Language: tamil
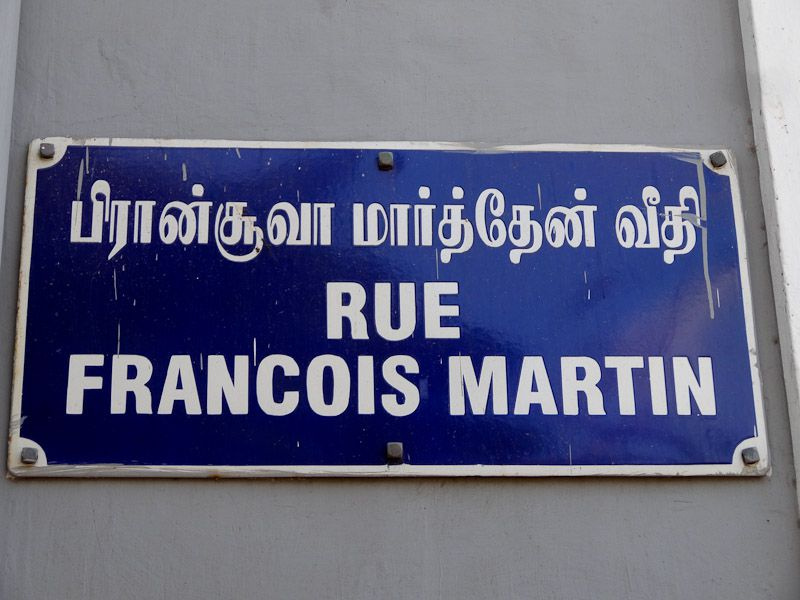
Transcription: வீதி பிரான்சூவா மாா்த்தேன்